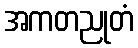
အကတညုတံ